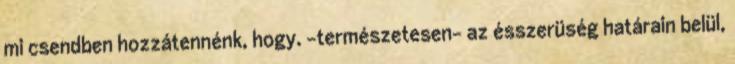
mi csendben hozzátennénk, hogy. -természetesen- az ésszerüség határain belül,